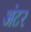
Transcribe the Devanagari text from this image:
अंटर